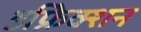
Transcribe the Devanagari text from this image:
डफ्रेिक्शन